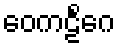
ဝေကဠိင်္ဂေ